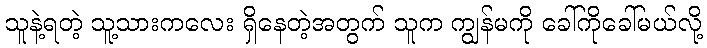
သူနဲ့ရတဲ့ သူ့သားကလေး ရှိနေတဲ့အတွက် သူက ကျွန်မကို ခေါ်ကိုခေါ်မယ်လို့